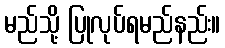
မည်သို့ ပြုလုပ်ရမည်နည်း။